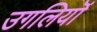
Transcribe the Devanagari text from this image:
उगलियॊं